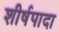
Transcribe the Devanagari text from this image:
शीर्षपादा